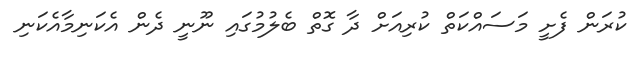
ކުރަން ފެށީ މަސައްކަތް ކުރިއަށް ދާ ގޮތް ބެލުމުގައި ނޫނީ ދެން އެކަނިމާއެކަނި